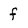
Character: f